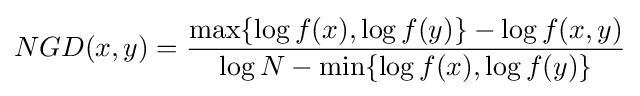
NGD(x,y)={\frac {\max\{\log f(x),\log f(y)\}-\log f(x,y)}{\log N-\min\{\log f(x),\log f(y)\}}}